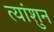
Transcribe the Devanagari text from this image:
त्यांशुन